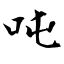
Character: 吨